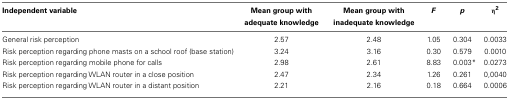
<table><thead><tr><td><b>Independent variable</b></td><td><b>Mean group with adequate knowledge</b></td><td><b>Mean group with inadequate knowledge</b></td><td><b><i>F</i></b></td><td><b><i>p</i></b></td><td><b>η<sup>2</sup></b></td></tr></thead><tbody><tr><td>General risk perception</td><td>2.57</td><td>2.48</td><td>1.05</td><td>0.304</td><td>0.0033</td></tr><tr><td>Risk perception regarding phone masts on a school roof (base station)</td><td>3.24</td><td>3.16</td><td>0.30</td><td>0.579</td><td>0.0010</td></tr><tr><td>Risk perception regarding mobile phone for calls</td><td>2.98</td><td>2.61</td><td>8.83</td><td>0.003*</td><td>0.0273</td></tr><tr><td>Risk perception regarding WLAN router in a close position</td><td>2.47</td><td>2.34</td><td>1.26</td><td>0.261</td><td>0,0040</td></tr><tr><td>Risk perception regarding WLAN router in a distant position</td><td>2.21</td><td>2.16</td><td>0.18</td><td>0.664</td><td>0.0006</td></tr></tbody></table>